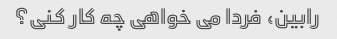
رابین، فردا می خواهی چه کار کنی؟